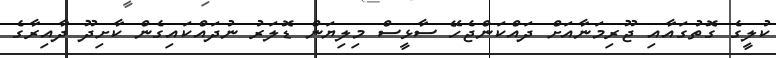
ކުލީގެ ގޮތުގައާއި ޖޫރިމަނާއަށް ދައްކަންޖެހޭ ސާޅީސް މިލިޔަން ޑޮލަރު ނުދައްކައިގެން ކާށިދޫ ދާއިރާގެ